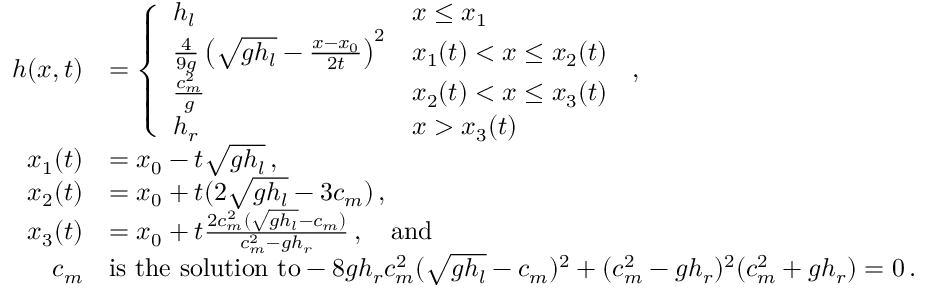
\begin{array} { r l } { h ( x , t ) } & { = \left\{ \begin{array} { l l } { h _ { l } } & { x \leq x _ { 1 } } \\ { \frac { 4 } { 9 g } \left( \sqrt { g h _ { l } } - \frac { x - x _ { 0 } } { 2 t } \right) ^ { 2 } } & { x _ { 1 } ( t ) < x \leq x _ { 2 } ( t ) } \\ { \frac { c _ { m } ^ { 2 } } { g } } & { x _ { 2 } ( t ) < x \leq x _ { 3 } ( t ) } \\ { h _ { r } } & { x > x _ { 3 } ( t ) } \end{array} \right. \, , } \\ { x _ { 1 } ( t ) } & { = x _ { 0 } - t \sqrt { g h _ { l } } \, , } \\ { x _ { 2 } ( t ) } & { = x _ { 0 } + t ( 2 \sqrt { g h _ { l } } - 3 c _ { m } ) \, , } \\ { x _ { 3 } ( t ) } & { = x _ { 0 } + t \frac { 2 c _ { m } ^ { 2 } ( \sqrt { g h _ { l } } - c _ { m } ) } { c _ { m } ^ { 2 } - g h _ { r } } \, , \quad \mathrm { a n d } } \\ { c _ { m } } & { \mathrm { i s ~ t h e ~ s o l u t i o n ~ t o } - 8 g h _ { r } c _ { m } ^ { 2 } ( \sqrt { g h _ { l } } - c _ { m } ) ^ { 2 } + ( c _ { m } ^ { 2 } - g h _ { r } ) ^ { 2 } ( c _ { m } ^ { 2 } + g h _ { r } ) = 0 \, . } \end{array}